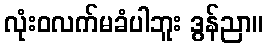
လုံးဝလက်မခံပါဘူး ဒွန်ညာ။